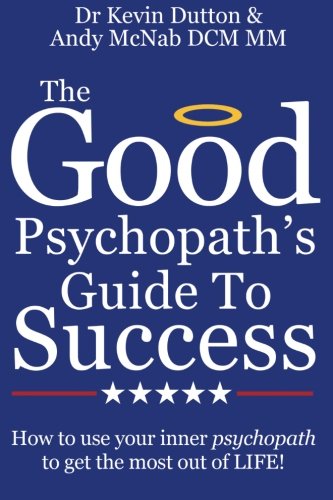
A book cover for The Good Psychopath's Guide to Success: How to use your inner psychopath to get the most out of life; Dr Kevin Dutton; Business & Money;